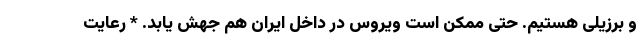
و برزیلی هستیم. حتی ممکن است ویروس در داخل ایران هم جهش یابد. * رعایت